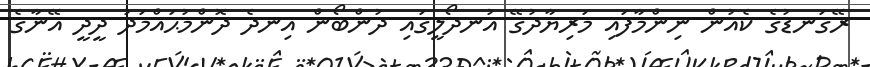
ރޭގަނޑުގެ ކެއުން ނިންމާފައި މަރިޔާދުގޭ އުނދޯލީގައި ދުންބޯން އިނދެ ދޮންމުޙައްމަދު ދީދީ އޭނާގެ